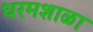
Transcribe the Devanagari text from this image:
धरमशाळा